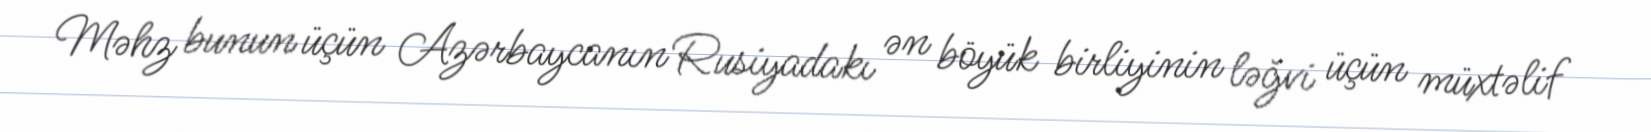
Məhz bunun üçün Azərbaycanın Rusiyadakı ən böyük birliyinin ləğvi üçün müxtəlif